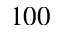
1 0 0